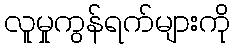
လူမှုကွန်ရက်များကို